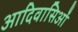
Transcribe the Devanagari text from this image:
आदिवासिओं